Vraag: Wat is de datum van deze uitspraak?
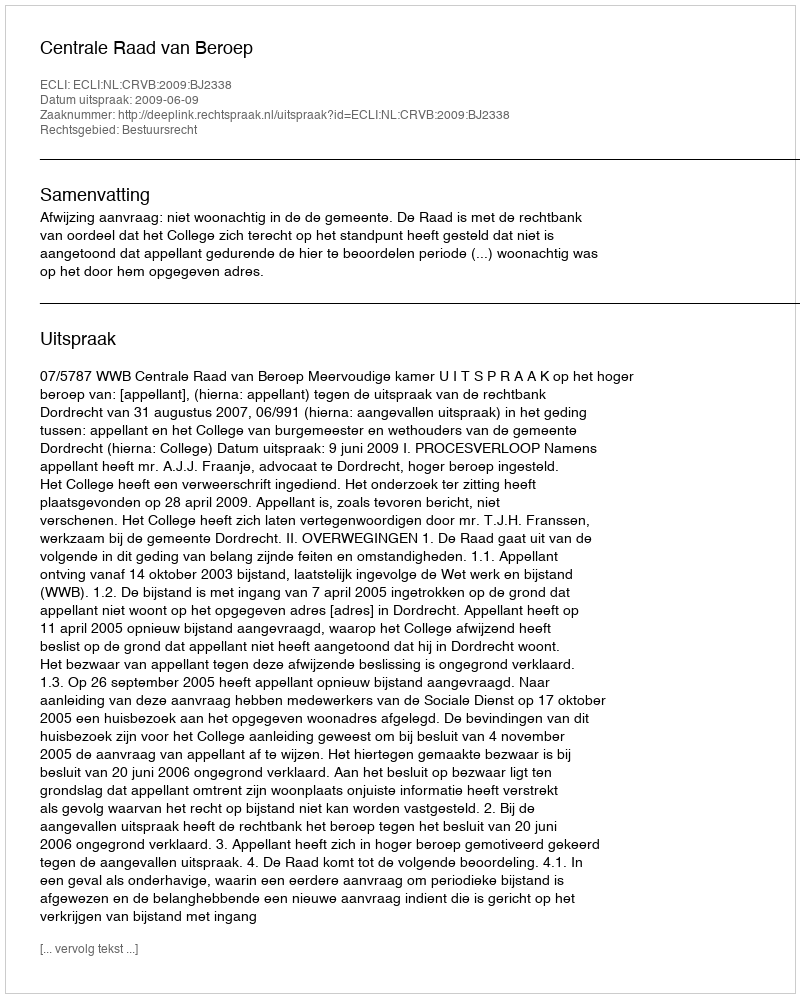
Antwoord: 2009-06-09